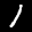
Label: 1